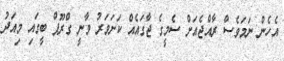
އެހެން ނަމަވެސް ރާއްޖެއަށް ސެމީގެ ޖާގައެއް ކަށަވަރު ވާނީ ގްރޫޕް ބީގައި މިއަދު